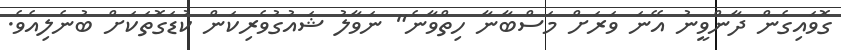
ގޮވައިގެން ދާންވީނު އޭނަ ވަރަށް މަސްބާނާ ހިތްވާނެ" ނަވާލު ޝައުގުވެރިކަން ކުޑަގޮތަކަށް ބުނެލިއެވެ.